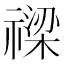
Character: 𥛫